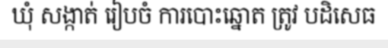
ឃុំ សង្កាត់ រៀបចំ ការបោះឆ្នោត ត្រូវ បដិសេធ